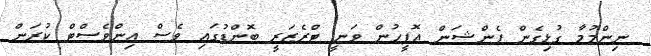
ނިންމުމާ ގުޅިގެން ޕެންޝަން އޮފީހުން ވަނީ ޓްރެޒަރީ ބޮންޑުގައި ވެސް އިންވެސްޓް ކުރަން